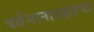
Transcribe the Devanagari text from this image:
वर्तमानाबद्दलचा